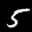
Label: 5